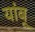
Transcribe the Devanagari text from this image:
यांबू